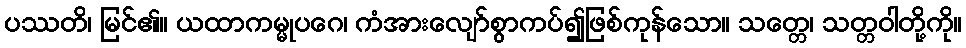
ပဿတိ၊ မြင်၏။ ယထာကမ္မုပဂေ၊ ကံအားလျော်စွာကပ်၍ဖြစ်ကုန်သော။ သတ္တေ၊ သတ္တဝါတို့ကို။